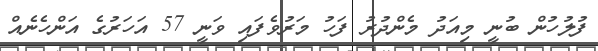
ފުލުހުން ބުނީ މިއަދު މެންދުރު ފަހު މަރުވެފައި ވަނީ 57 އަހަރުގެ އަންހެނެއް